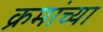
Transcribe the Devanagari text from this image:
क्रमांच्या